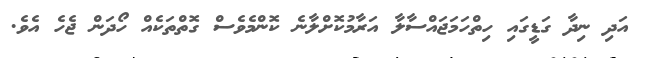
އަދި ނިދާ ގަޑީގައި ހިތްހަމަޖައްސާލާ އަރާމުކޮށްލާނެ ކޮންމެވެސް ގޮތްތަކެއް ހޯދަން ޖެހެ އެވެ.